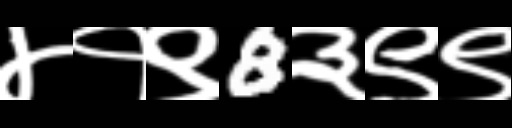
Text: ४१९8३९९